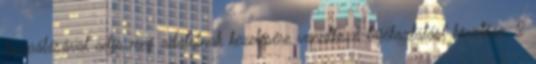
kipipálásával adja meg adatainak kezelésére vonatkozó tájékoztatást követően. 2